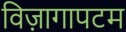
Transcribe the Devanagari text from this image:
विज़ागापटम